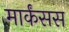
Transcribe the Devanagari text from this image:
मार्कंसस